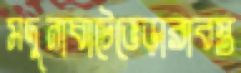
মদুনাঘাটেভেড়ারাবস্ত